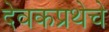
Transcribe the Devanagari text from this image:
देवकप्रथेचे